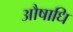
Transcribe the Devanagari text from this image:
औषाधि